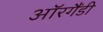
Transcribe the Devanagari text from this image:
ऑरगैंडी